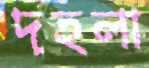
দহলা